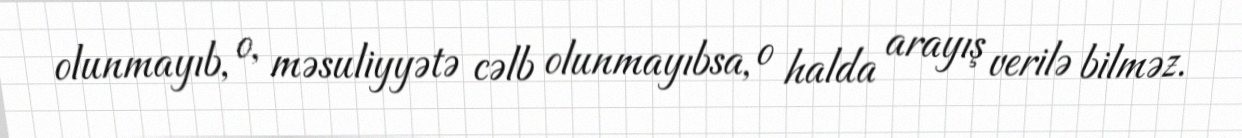
olunmayıb, o, məsuliyyətə cəlb olunmayıbsa, o halda arayış verilə bilməz.